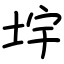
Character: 㘾